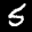
Label: 5